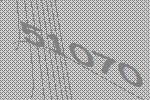
51070